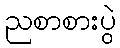
ညစာစားပွဲ